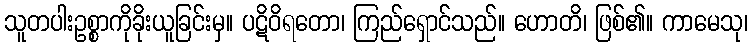
သူတပါးဥစ္စာကိုခိုးယူခြင်းမှ။ ပဋိဝိရတော၊ ကြည်ရှောင်သည်။ ဟောတိ၊ ဖြစ်၏။ ကာမေသု၊